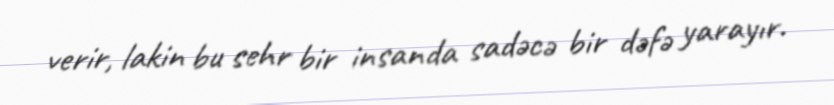
verir, lakin bu sehr bir insanda sadəcə bir dəfə yarayır.